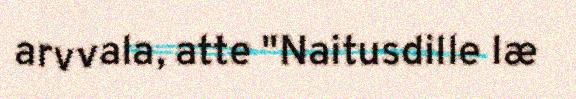
arvvala, atte "Naitusdille læ